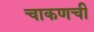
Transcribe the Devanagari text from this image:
चाकणची